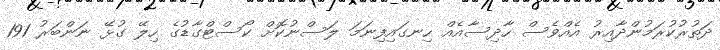
ދަތުރުކުރަމުންދާއިރު އެއްވެސް ހާދިސާއެއް ހިނގައިފިނަމަ ލަސްނުކޮށް ކޯސްޓްގާޑުގެ ހިލޭ ގުޅޭ ނަންބަރު 191